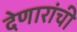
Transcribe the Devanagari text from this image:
देणारांची